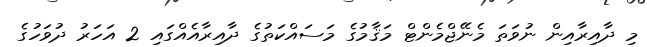
މި ދާއިރާއިން ނުވަތަ މެނޭޖްމެންޓް މަޤާމުގެ މަސައްކަތުގެ ދާއިރާއެއްގައި 2 އަހަރު ދުވަހުގެ